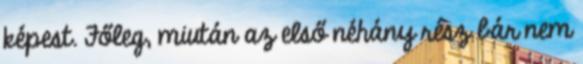
képest. Főleg, miután az első néhány rész bár nem